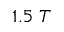
1 . 5 ~ T